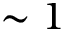
\sim 1